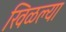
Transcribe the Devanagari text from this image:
खिळल्या